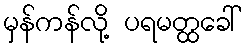
မှန်ကန်လို့ ပရမတ္ထခေါ်